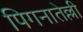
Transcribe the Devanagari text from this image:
पिगनातेल्ली